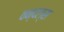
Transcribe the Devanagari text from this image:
वन्दल्स